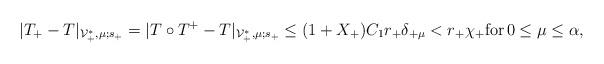
LaTeX: \begin{align*}|T_+-T|_{\mathcal{V}_+^*,\mu;s_+} =|T\circ T^+-T|_{\mathcal{V}_+^*,\mu;s_+} \leq (1+X_+)C_1 r_+\delta_{+\mu}<r_+\chi_+ {\rm for}\,0\leq \mu \leq \alpha,\end{align*}